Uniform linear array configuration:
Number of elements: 32
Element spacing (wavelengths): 0.25
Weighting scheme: hamming
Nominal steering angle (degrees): -45
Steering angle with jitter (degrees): -43.891
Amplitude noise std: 0.05
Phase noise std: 0.05

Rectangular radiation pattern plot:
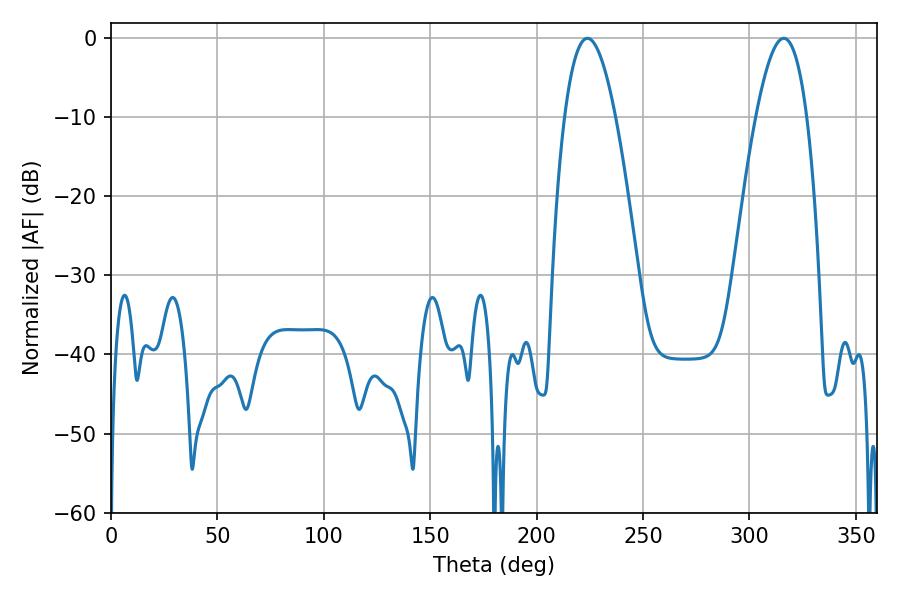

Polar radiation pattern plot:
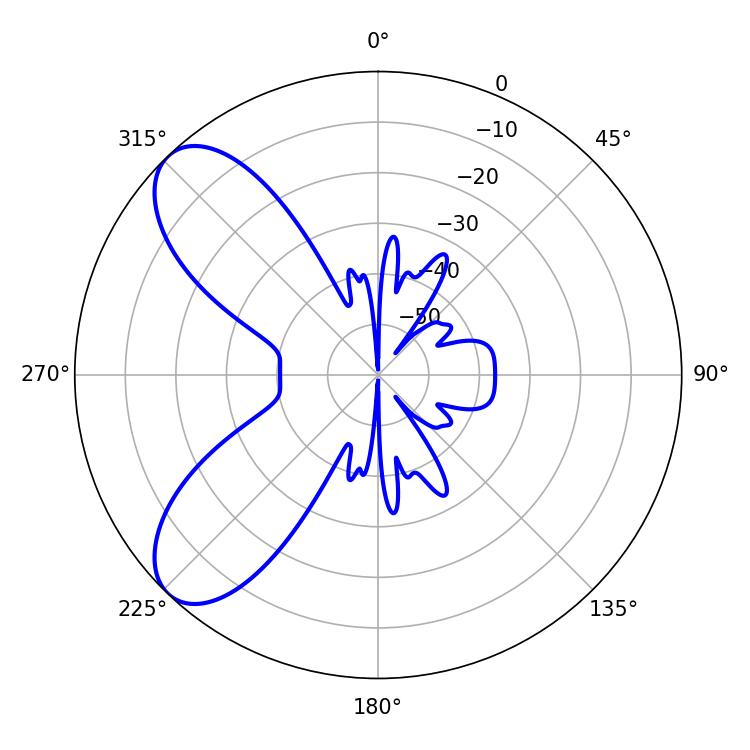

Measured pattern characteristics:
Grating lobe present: FALSE
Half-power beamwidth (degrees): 13.14
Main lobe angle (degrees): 316.08